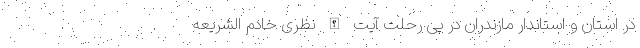
در استان و استاندار مازندران در پی رحلت آیت الله نظری خادم الشریعه